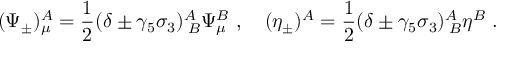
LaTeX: ( \Psi _ { \pm } ) _ { \mu } ^ { A } = \frac { 1 } { 2 } ( \delta \pm \gamma _ { 5 } \sigma _ { 3 } ) _ { \; B } ^ { A } \Psi _ { \mu } ^ { B } \ , \quad ( \eta _ { \pm } ) ^ { A } = \frac { 1 } { 2 } ( \delta \pm \gamma _ { 5 } \sigma _ { 3 } ) _ { \; B } ^ { A } \eta ^ { B } \ .